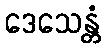
ဒေသေန္တံ